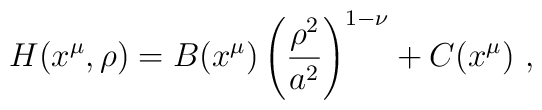
H(x^\mu,\rho)=B(x^\mu)\left({\rho^2\over a^2}\right)^{1-\nu}+C(x^\mu)~,